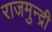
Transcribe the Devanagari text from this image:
राजमुन्द्री